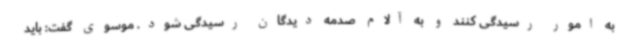
به امور رسیدگی کنند و به آلام صدمه دیدگان رسیدگی شود. موسوی گفت: باید